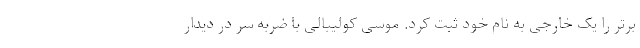
برتر را یک خارجی به نام خود ثبت کرد. موسی کولیبالی با ضربه سر در دیدار